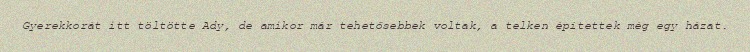
Gyerekkorát itt töltötte Ady, de amikor már tehetősebbek voltak, a telken építettek még egy házat.